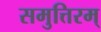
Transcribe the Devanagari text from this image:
समुत्तिरम्